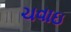
ચવાઇ